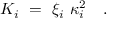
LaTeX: K _ { i } ~ = ~ \xi _ { i } ~ \kappa _ { i } ^ { 2 } \quad .